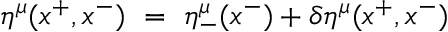
\eta ^ { \mu } ( x ^ { + } , x ^ { - } ) ~ = ~ \eta _ { - } ^ { \mu } ( x ^ { - } ) + \delta \eta ^ { \mu } ( x ^ { + } , x ^ { - } )